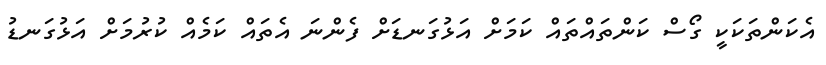
އެކަންތަކަކީ ގޯސް ކަންތައްތައް ކަމަށް އަޅުގަނޑަށް ފެންނަ އެތައް ކަމެއް ކުރުމަށް އަޅުގަނޑު